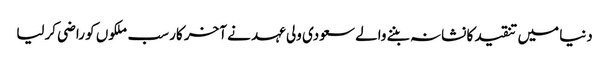
دنیا میں تنقید کا نشانہ بننے والے سعودی ولی عہد نے آخر کار سب ملکوں کو راضی کرلیا